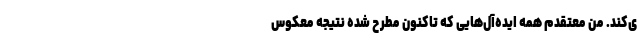
ی‌کند. من معتقدم همه ایده‌آل‌هایی که تاکنون مطرح شده نتیجه معکوس